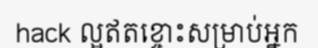
hack ល្អឥតខ្ចោះសម្រាប់អ្នក